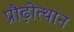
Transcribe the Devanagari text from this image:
प्रौढ़ोत्थान